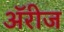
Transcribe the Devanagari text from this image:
ॲरीज